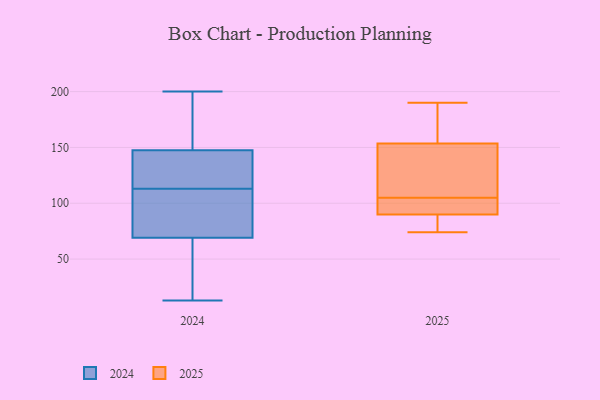
{"axis": {"x": "Bounce Rate (%)", "y": "Value"}, "legend": ["2024", "2025"], "data": [{"x": "", "y": 57, "type": "2024"}, {"x": "", "y": 99, "type": "2024"}, {"x": "", "y": 97, "type": "2024"}, {"x": "", "y": 133, "type": "2024"}, {"x": "", "y": 121, "type": "2024"}, {"x": "", "y": 146, "type": "2024"}, {"x": "", "y": 105, "type": "2024"}, {"x": "", "y": 135, "type": "2024"}, {"x": "", "y": 172, "type": "2024"}, {"x": "", "y": 13, "type": "2024"}, {"x": "", "y": 62, "type": "2024"}, {"x": "", "y": 200, "type": "2024"}, {"x": "", "y": 178, "type": "2024"}, {"x": "", "y": 149, "type": "2024"}, {"x": "", "y": 71, "type": "2024"}, {"x": "", "y": 67, "type": "2024"}, {"x": "", "y": 78, "type": "2025"}, {"x": "", "y": 98, "type": "2025"}, {"x": "", "y": 94, "type": "2025"}, {"x": "", "y": 78, "type": "2025"}, {"x": "", "y": 98, "type": "2025"}, {"x": "", "y": 153, "type": "2025"}, {"x": "", "y": 155, "type": "2025"}, {"x": "", "y": 113, "type": "2025"}, {"x": "", "y": 74, "type": "2025"}, {"x": "", "y": 190, "type": "2025"}, {"x": "", "y": 169, "type": "2025"}, {"x": "", "y": 105, "type": "2025"}, {"x": "", "y": 127, "type": "2025"}]}